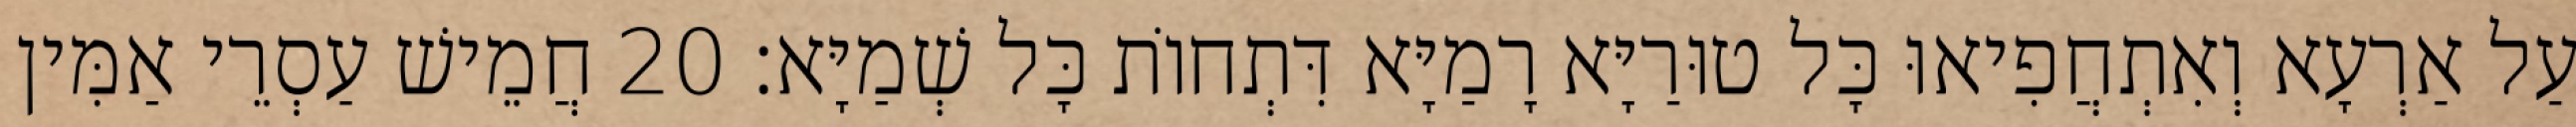
עַל אַרְעָא וְאִתְחֲפִיאוּ כָּל טוּרַיָּא רָמַיָּא דִּתְחוֹת כָּל שְׁמַיָּא׃ 20 חֲמֵישׁ עַסְרֵי אַמִּין